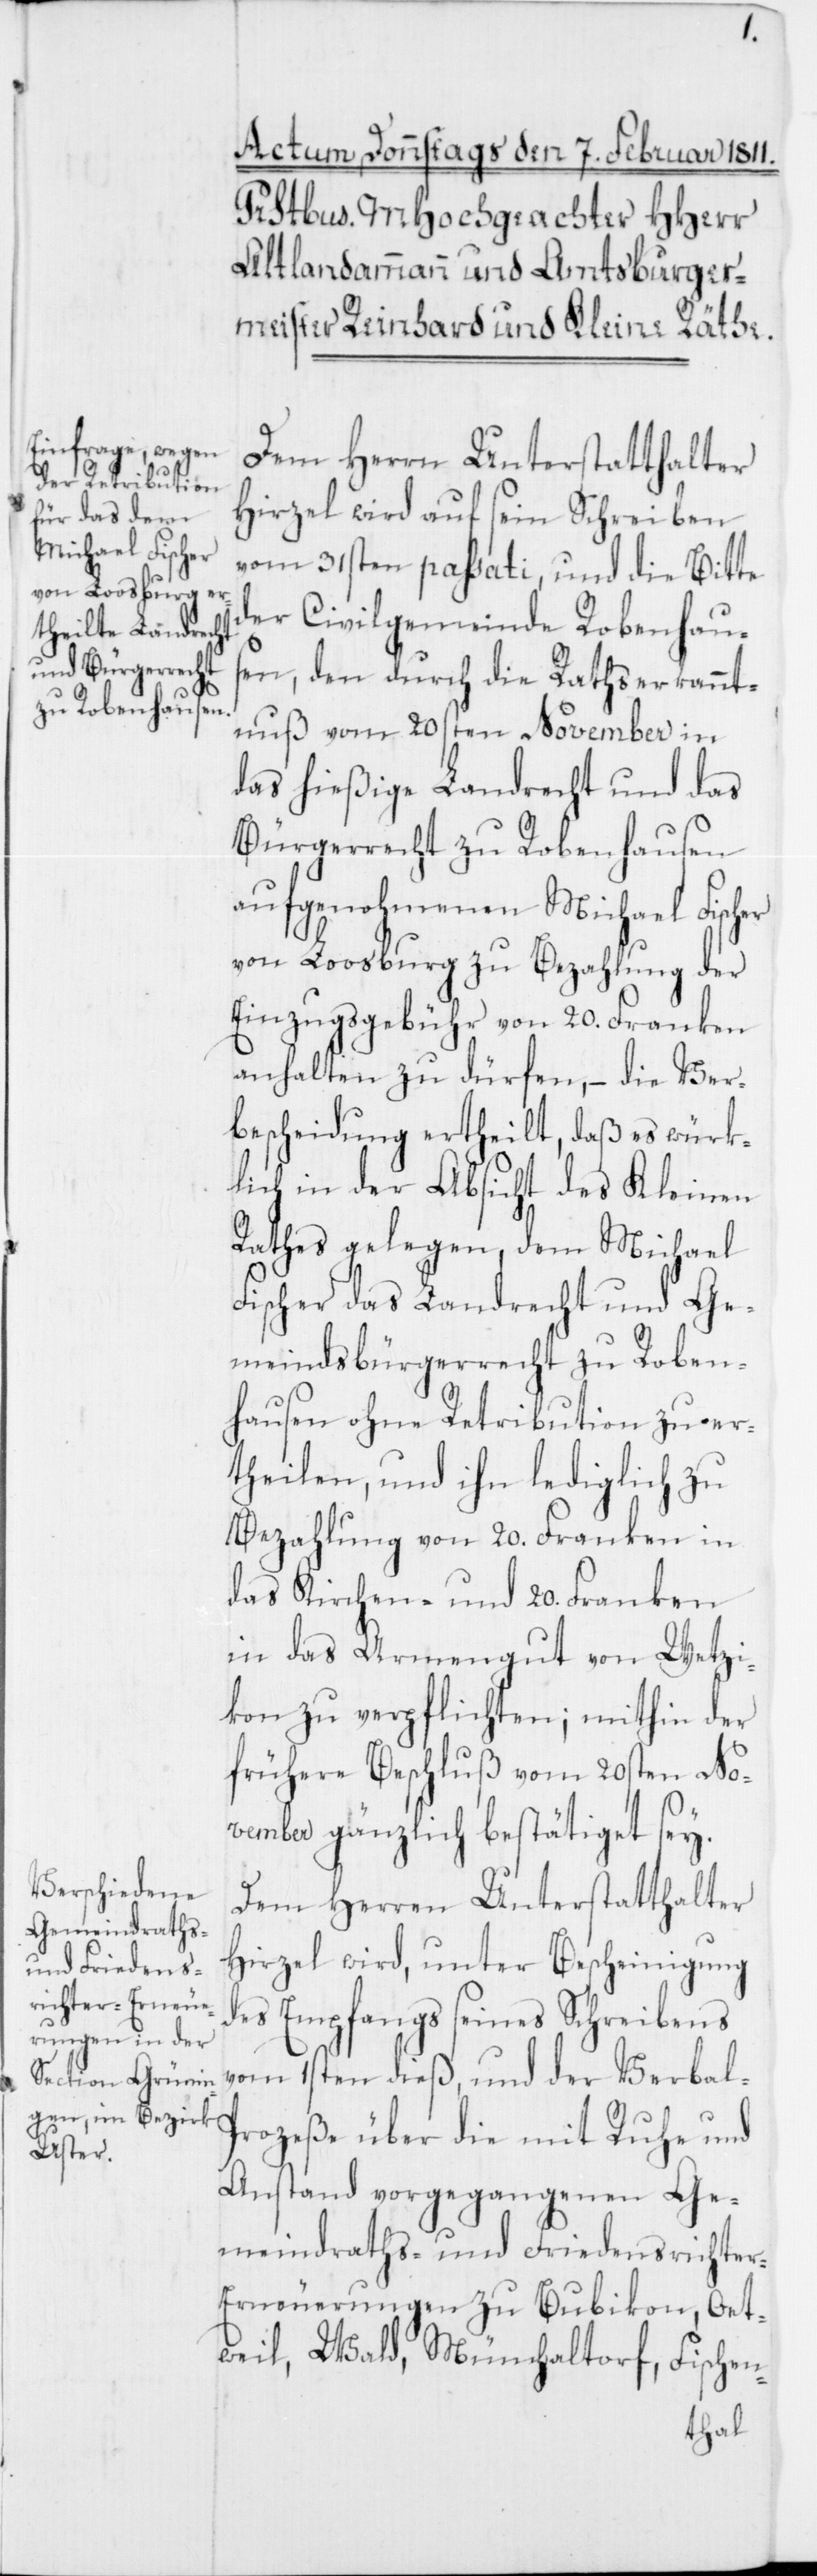
Dem Herrn Unterstatthalter
Hirzel wird auf sein Schreiben
vom 31sten passati, und die Bitte
der Civilgemeinde Robenhaus¬
en, den durch die Rathserkannt¬
nuß vom 20sten November in
das hießige Landrecht und das
Bürgerrecht zu Robenhausen
aufgenohmenen Michael Fischer
von Loosburg zu Bezahlung der
Einzugsgebühr von 20. Franken
anhalten zu dürfen, – die Ver¬
bescheidung ertheilt, daß es würk¬
lich in der Absicht des Kleinen
Rathes gelegen, dem Michael
Fischer das Landrecht und Ge¬
meindsbürgerrecht zu Roben¬
hausen ohne Retribution zu er¬
theilen, und ihn lediglich zu
Bezahlung von 20. Franken in
das Kirchen- und 20. Franken
in das Armengut von Wetzi¬
kon zu verpflichten; mithin der
frühere Beschluß vom 20sten No¬
vember gänzlich bestätiget sey.
Dem Herren Unterstatthalter
Hirzel wird, unter Bescheinigung
des Empfangs seines Schreibens
vom 1sten dieß, und der Verbal-P¬
rozeße über die mit Ruhe und
Anstand vorgegangenen Ge¬
meindraths- und Friedensrichte¬
r-Erneuerungen zu Bubikon, Oet¬
weil, Wald, Mönchaltorf, Fischen-